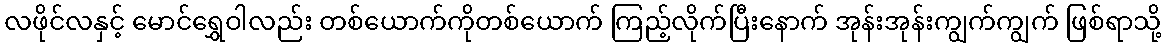
လဖိုင်လနှင့် မောင်ရွှေဝါလည်း တစ်ယောက်ကိုတစ်ယောက် ကြည့်လိုက်ပြီးနောက် အုန်းအုန်းကျွက်ကျွက် ဖြစ်ရာသို့